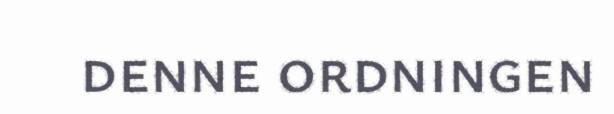
denne ordningen